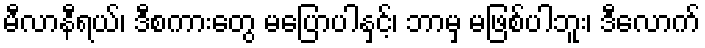
မီလာနီရယ်၊ ဒီစကားတွေ မပြောပါနှင့်၊ ဘာမှ မဖြစ်ပါဘူး၊ ဒီလောက်